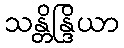
သန္တိန္ဒြိယာ